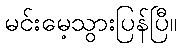
မင်းမေ့သွားပြန်ပြီ။